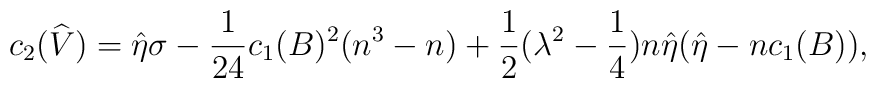
c_2(\widehat{V})=\hat{\eta}\sigma-\frac{1}{24}c_1(B)^2(n^3-n)+\frac{1}{2}(\lambda^2-\frac{1}{4})n\hat{\eta}(\hat{\eta}-nc_1(B)),